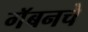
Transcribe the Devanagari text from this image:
गॅबनचे